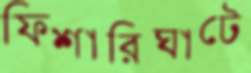
ফিশারিঘাটে